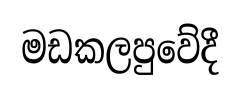
මඩකලපුවේදී